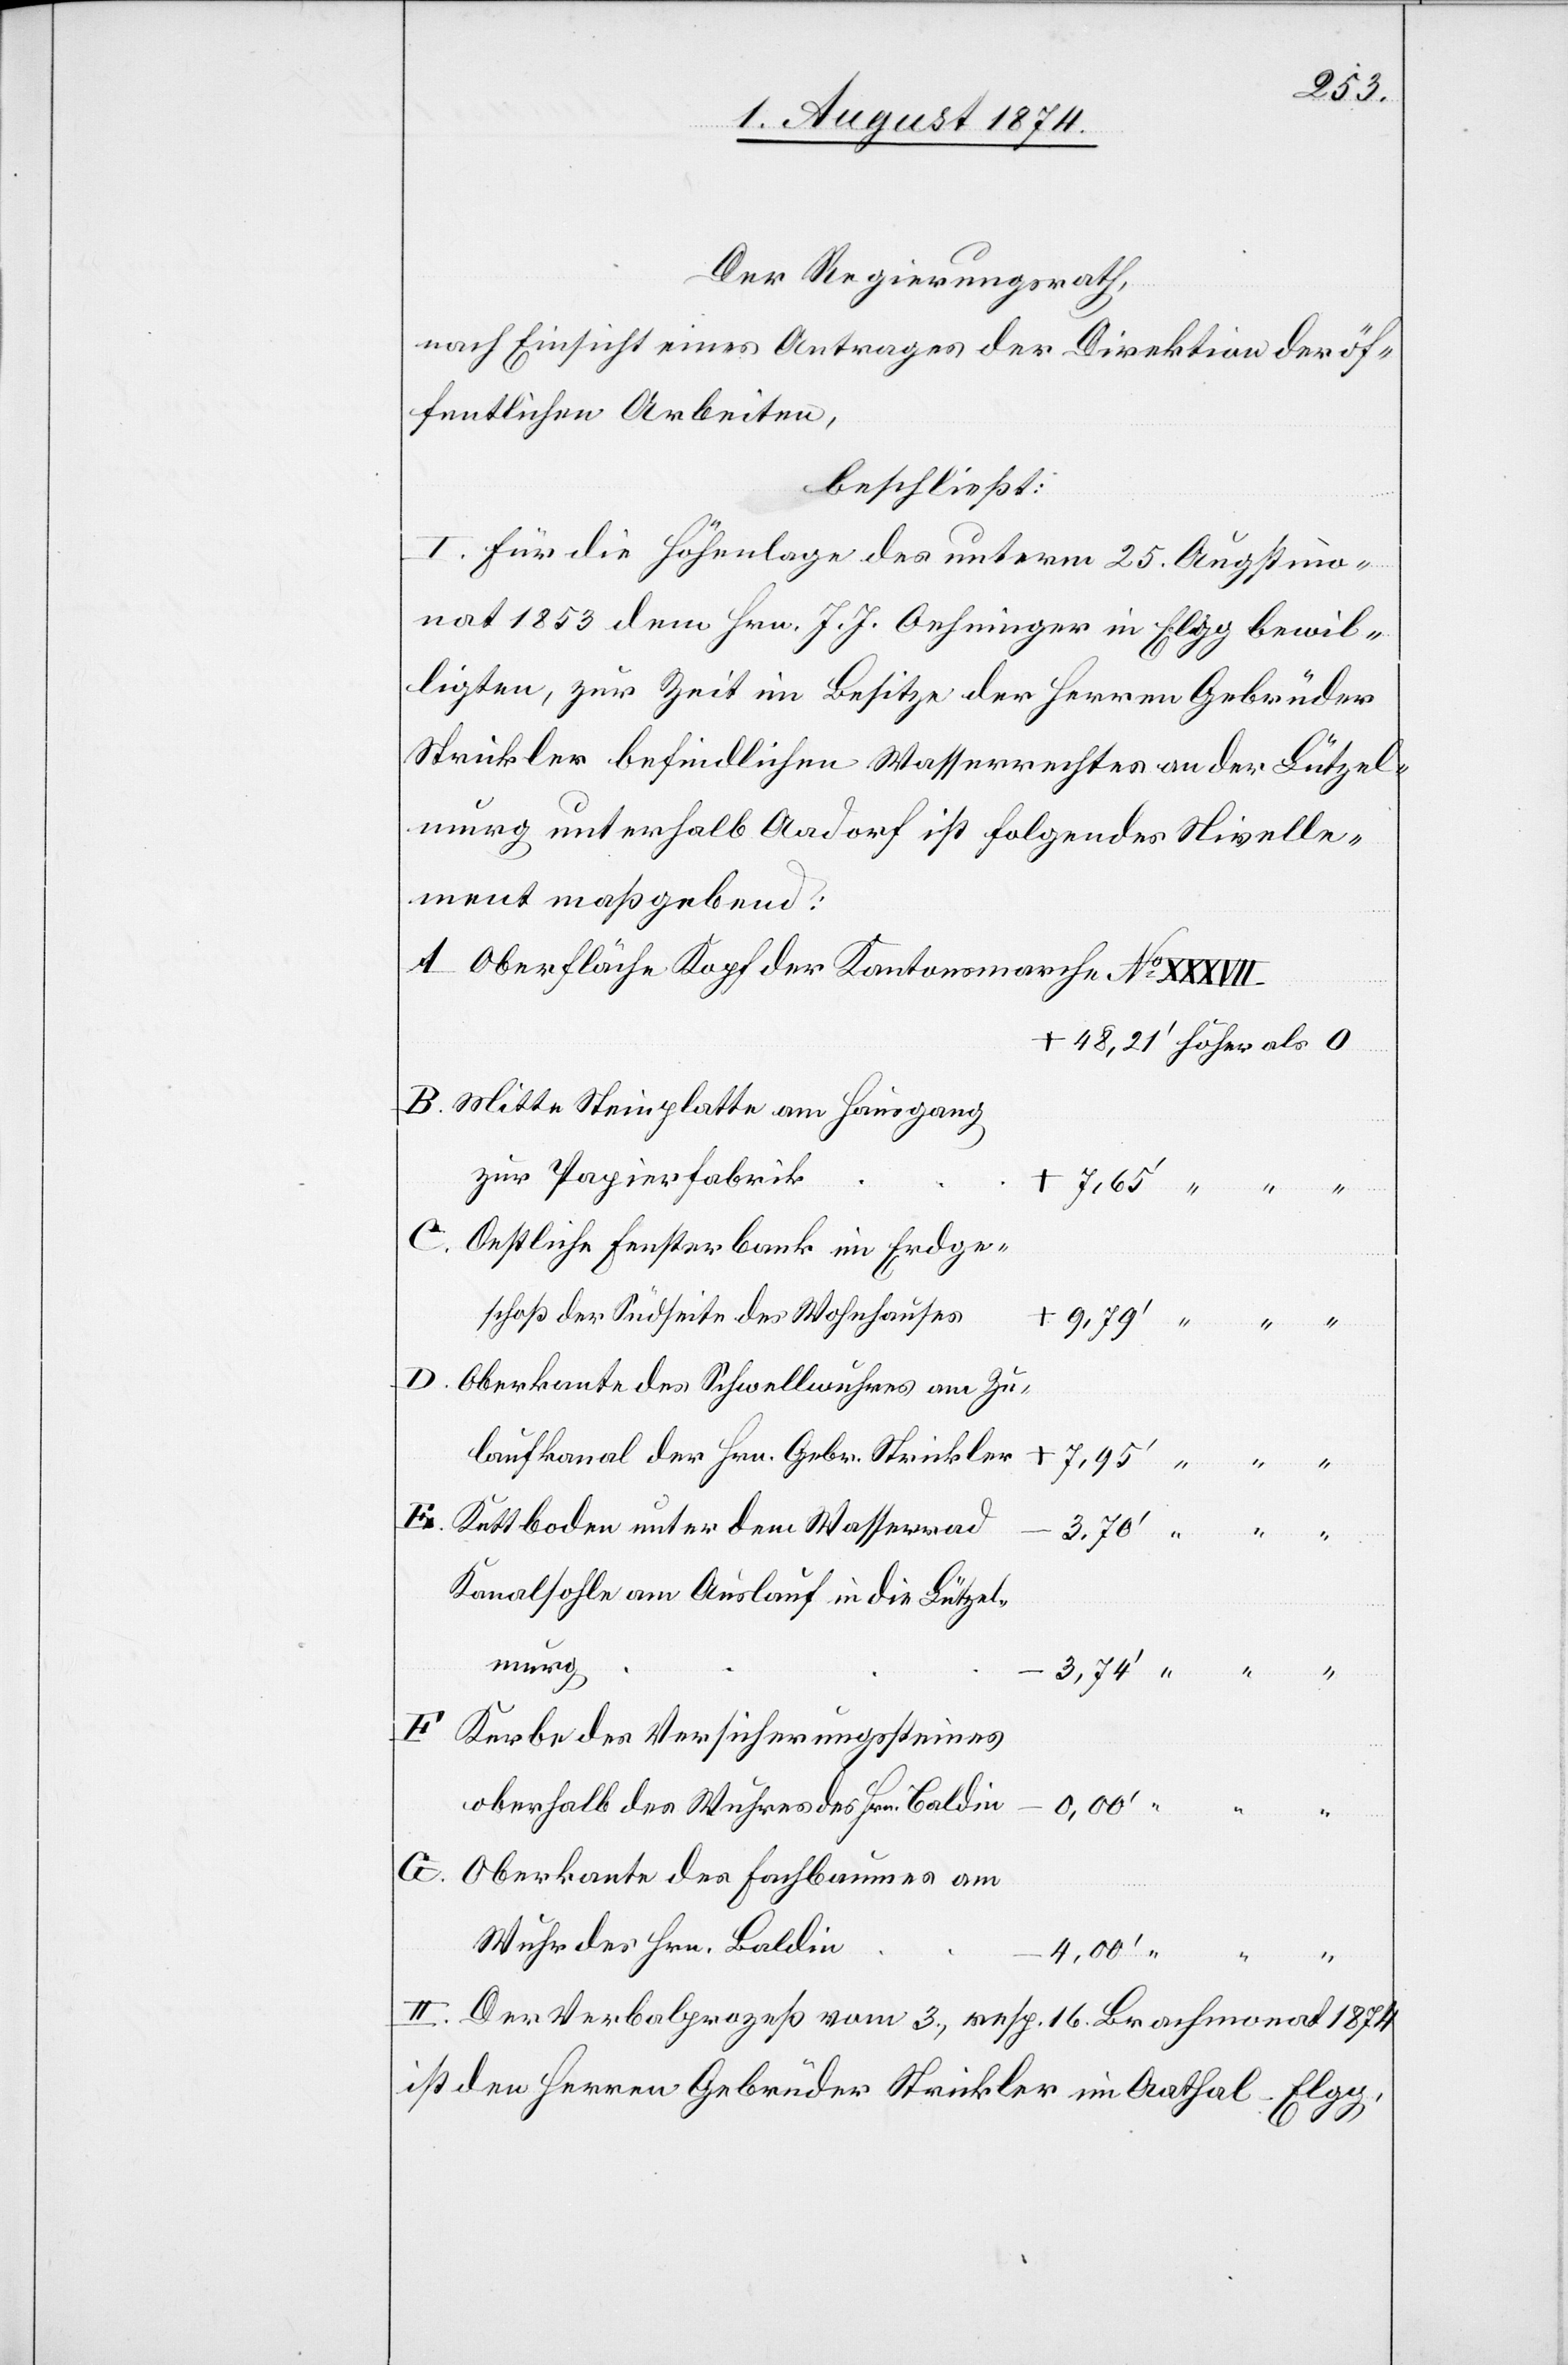
Der Regierungsrath,
nach Einsicht eines Antrages der Direktion der öf¬
fentlichen Arbeiten,
beschließt:
I. Für die Höhenlage des unterm 25. Augstmo¬
nat 1853 dem Hrn. J. J. Oehninger in Elgg bewil¬
ligten, zur Zeit im Besitze der Herren Gebrüder
Strickler befindlichen Wasserrechtes an der Lützel¬
murg unterhalb Aadorf ist folgendes Nivelle¬
ment maßgebend:
Oberfläche Kopf der Kantonsmarche No XXXVII
Mitte Steinplatte am Hausgang
zur Papierfabrik
Oestliche Fensterbank im Erdge¬
schoß der Südseite des Wohnhauses
Oberkante des Schwellwuhres am Zu¬
laufkanal der Hrn. Gebr. Strickler
Kettboden unter dem Wasserrad
Kerbe des Versicherungssteines
oberhalb des Wuhres des Hrn. Baldin
0,00‘
G.
Oberkante des Fachbaumes am
Wuhr des Hrn. Baldin
4,00‘
II. Der Verbalprozeß vom 3., resp. 16. Brachmonat 1874
ist den Herren Gebrüder Strickler im Aathal-Elgg
48,21‘